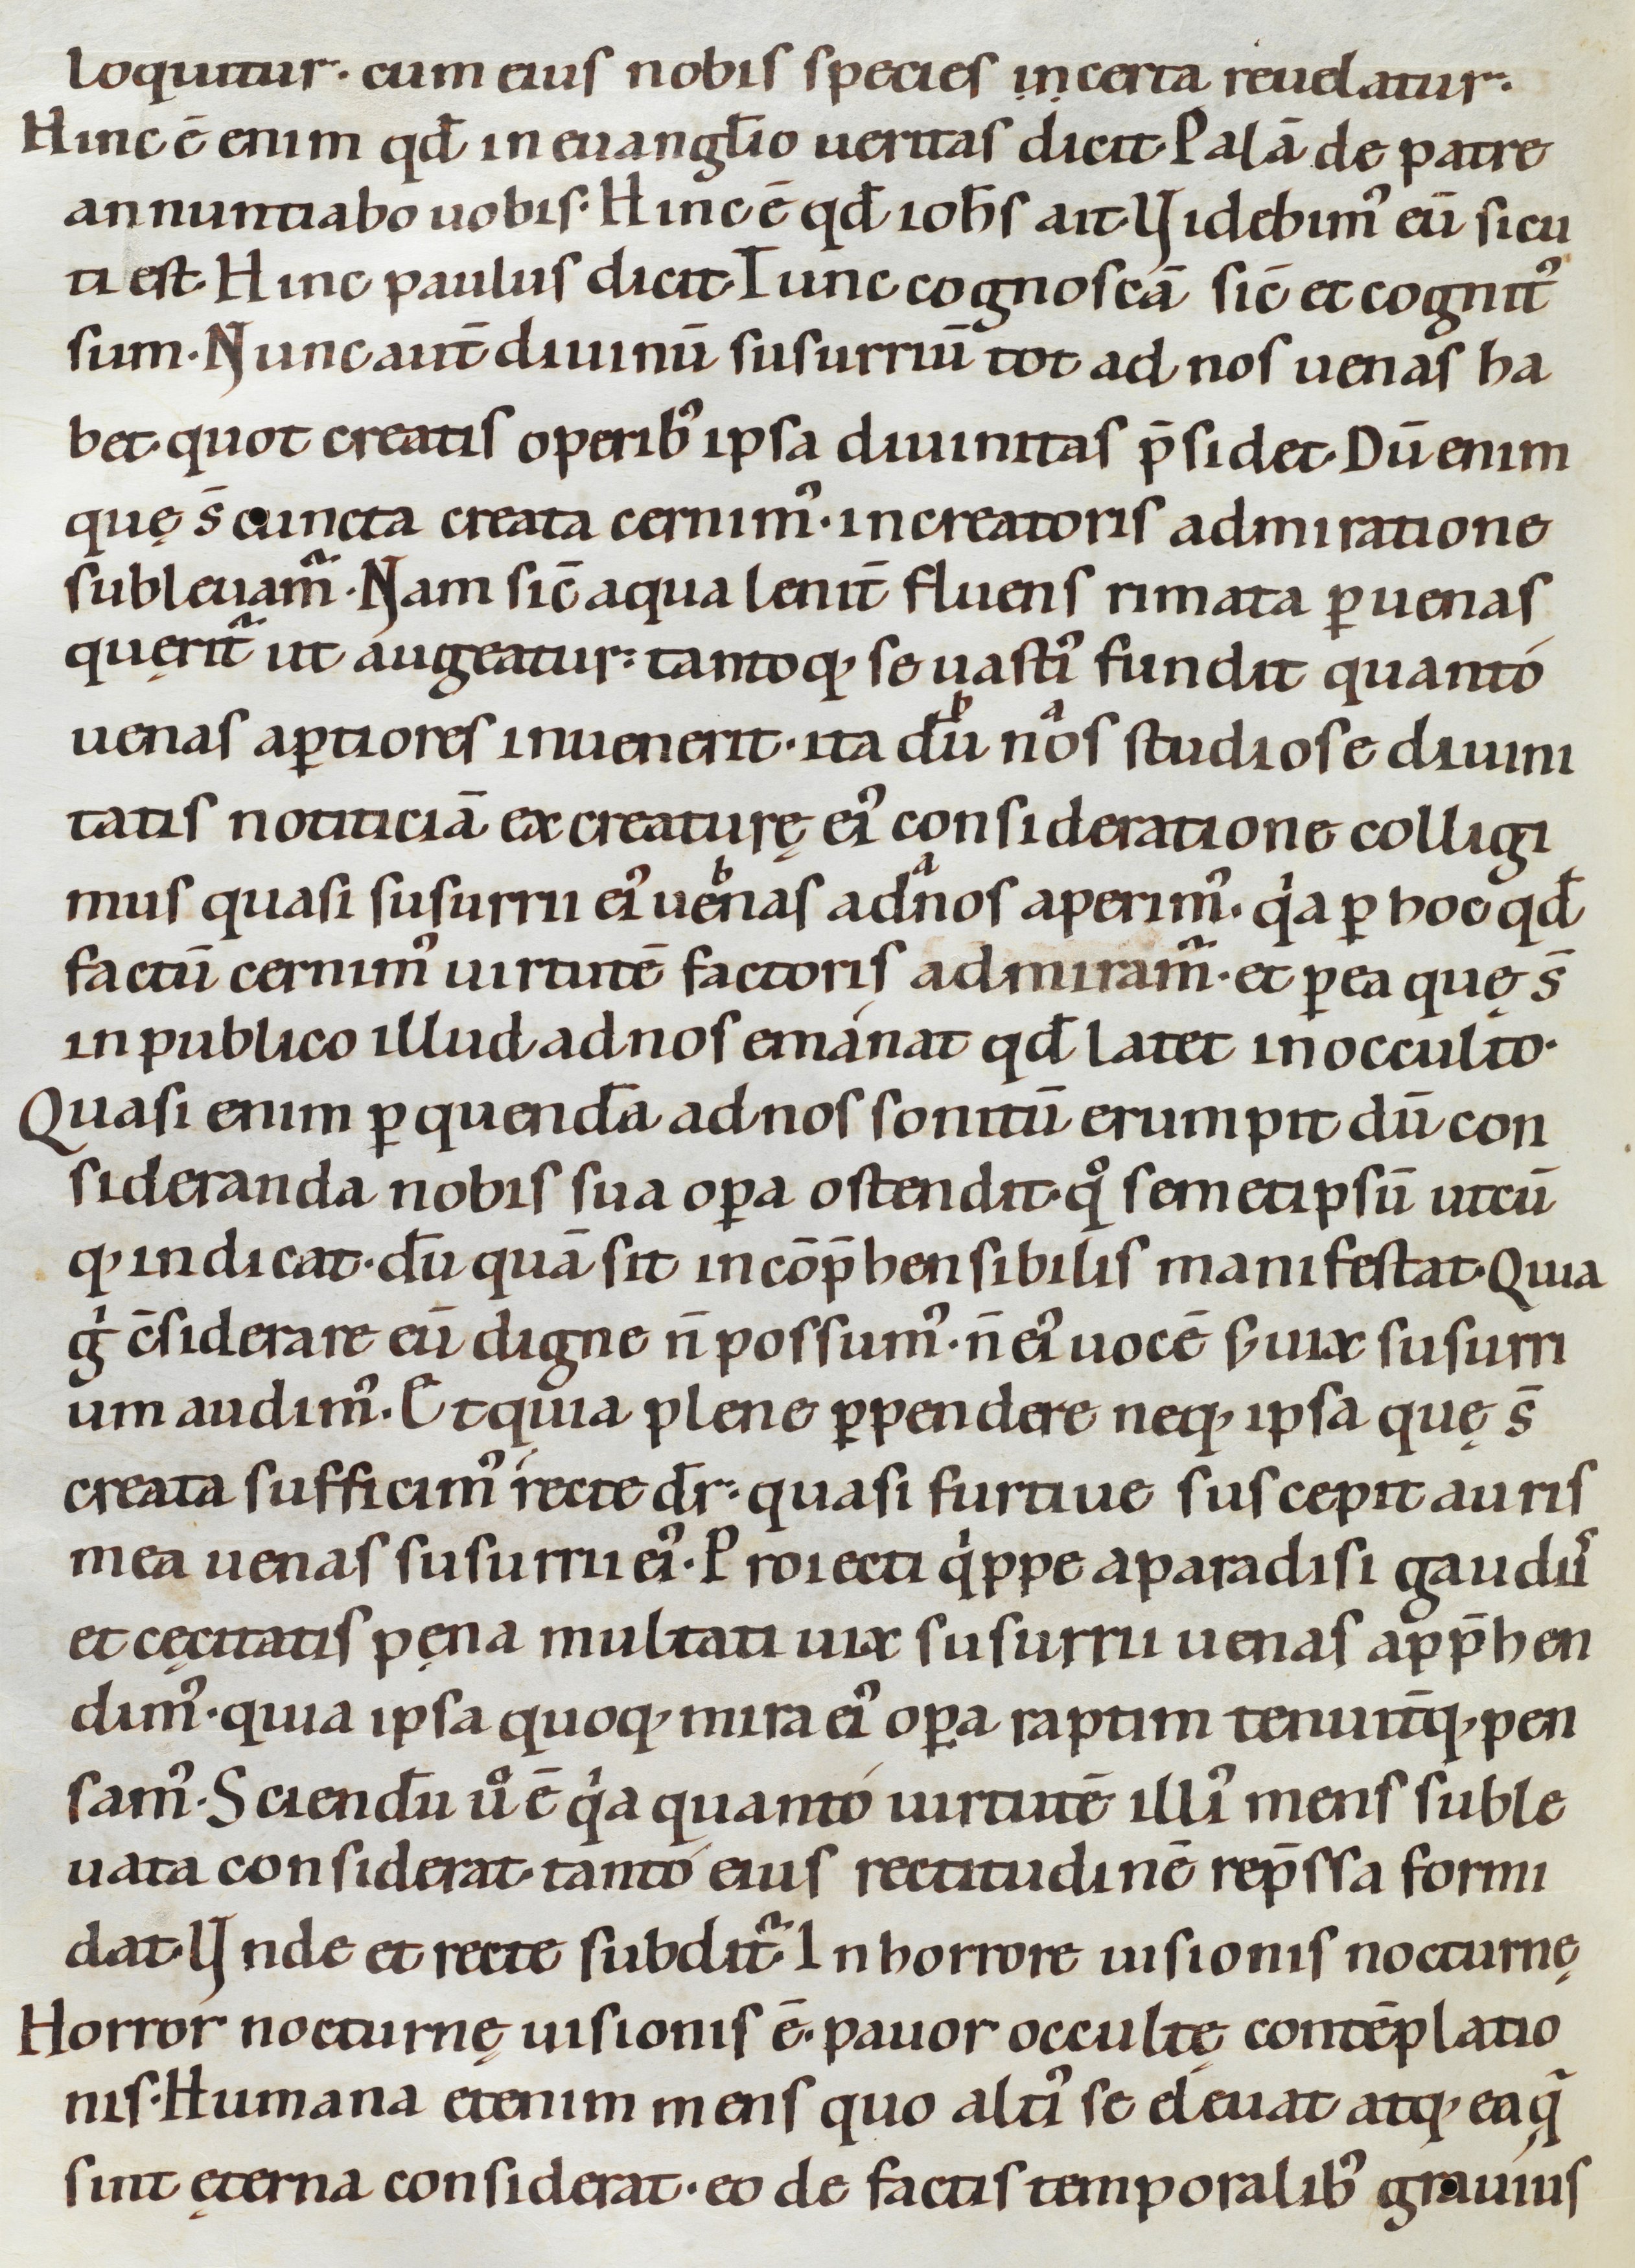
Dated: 1080–1096